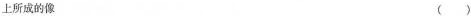
上所成的像()